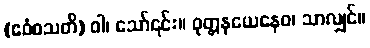
(ဧဝံစသတိ) ဝါ၊ သော်၎င်း။ ဝုတ္တနယေနေဝ၊ သာလျှင်။